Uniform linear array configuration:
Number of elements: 8
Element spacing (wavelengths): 0.25
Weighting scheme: hamming
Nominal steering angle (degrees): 15
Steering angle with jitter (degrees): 15.603
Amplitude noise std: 0.05
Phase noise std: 0.05

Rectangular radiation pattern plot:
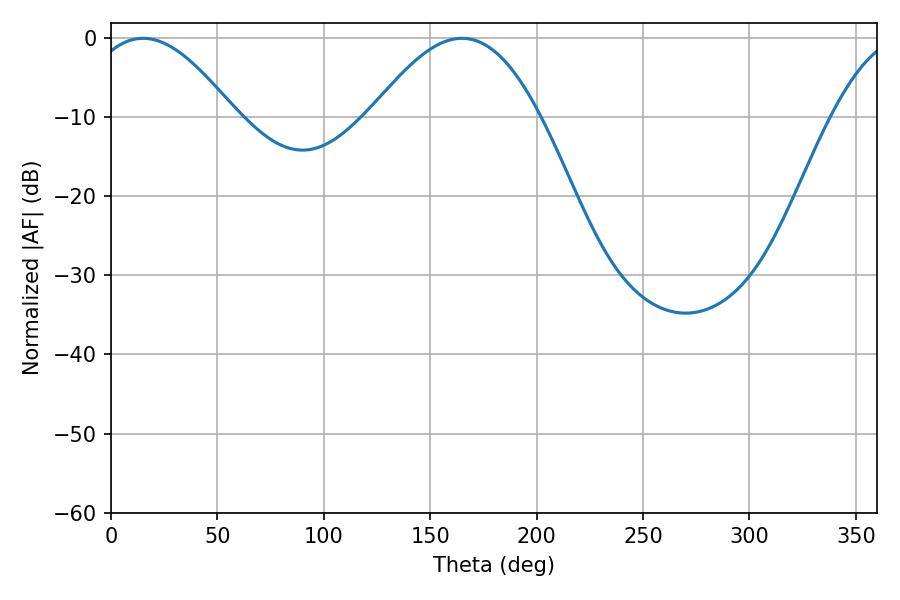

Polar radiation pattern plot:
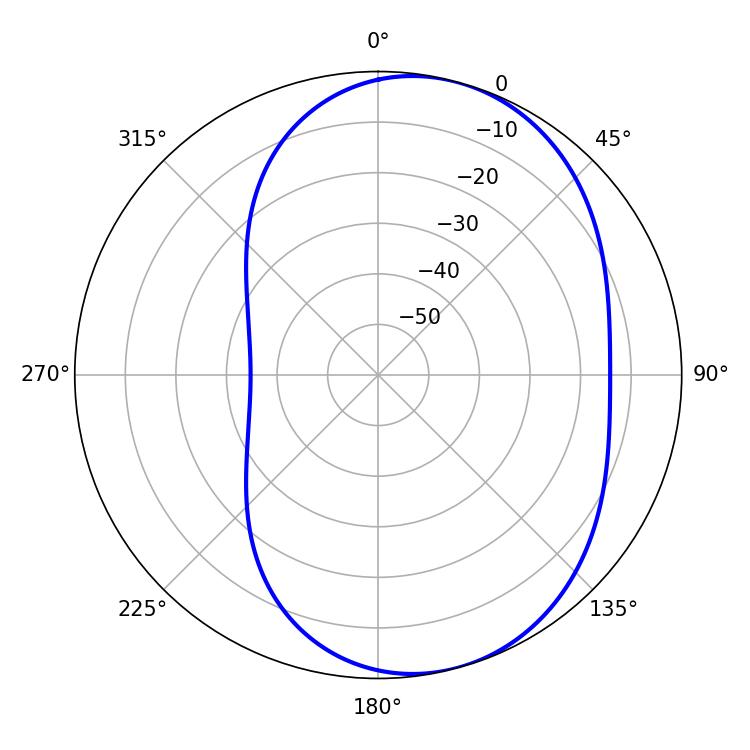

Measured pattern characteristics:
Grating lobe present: FALSE
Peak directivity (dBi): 6.061
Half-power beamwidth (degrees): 37.8
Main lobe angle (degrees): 15.12